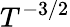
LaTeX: T^{-3/2}